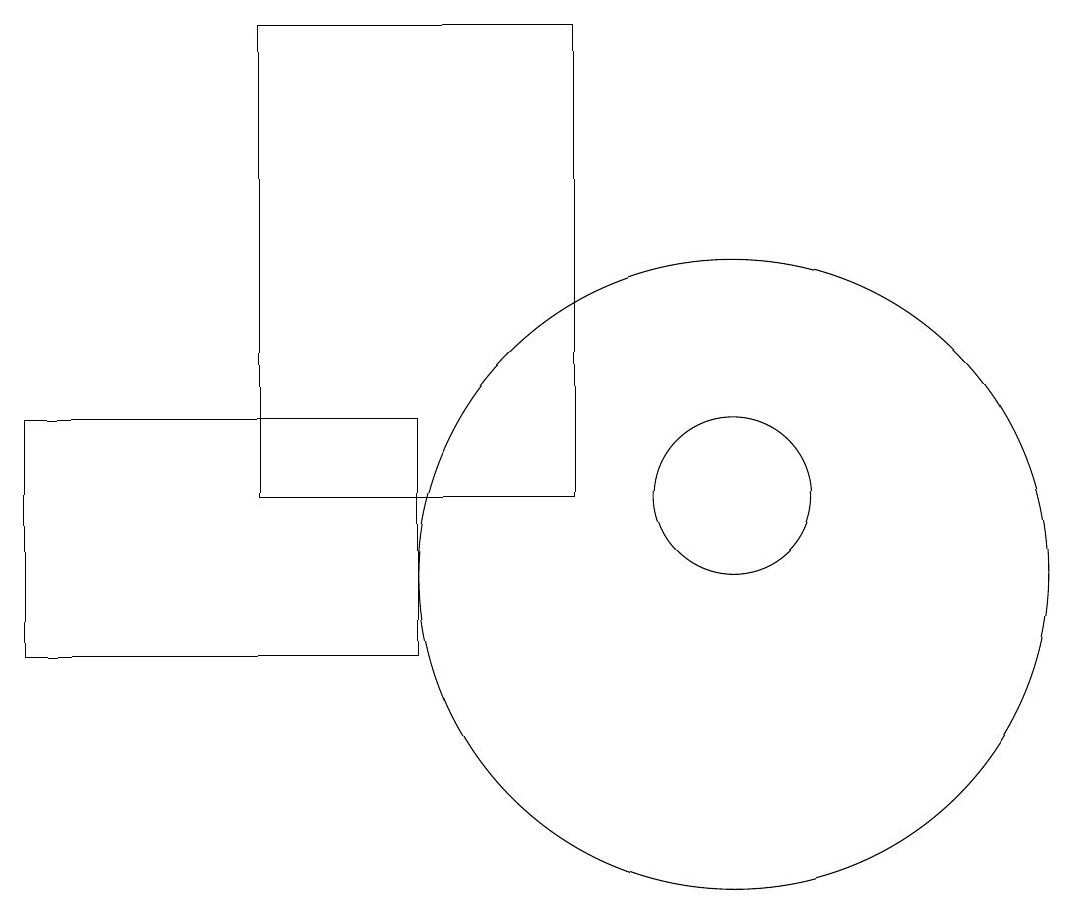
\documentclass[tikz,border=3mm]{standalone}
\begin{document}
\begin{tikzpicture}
\draw (5,14) rectangle (5,15);
\draw (11,11) circle (4);
\draw (2,10) rectangle (7,13);
\draw (11,12) circle (1);
\draw (9,12) rectangle (5,18);
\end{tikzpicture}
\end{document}